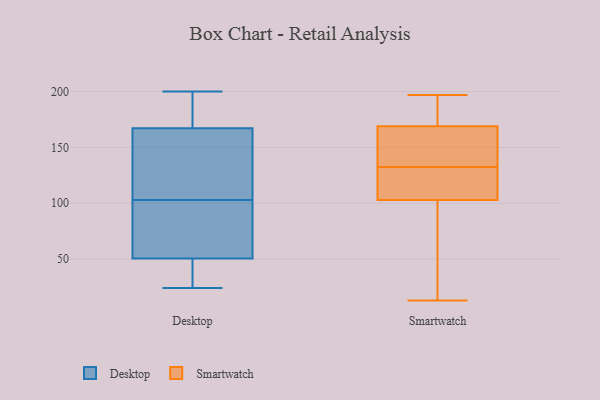
{"axis": {"x": "Market Share (%)", "y": "Value"}, "legend": ["Desktop", "Smartwatch"], "data": [{"x": "", "y": 175, "type": "Desktop"}, {"x": "", "y": 103, "type": "Desktop"}, {"x": "", "y": 66, "type": "Desktop"}, {"x": "", "y": 25, "type": "Desktop"}, {"x": "", "y": 37, "type": "Desktop"}, {"x": "", "y": 52, "type": "Desktop"}, {"x": "", "y": 159, "type": "Desktop"}, {"x": "", "y": 200, "type": "Desktop"}, {"x": "", "y": 195, "type": "Desktop"}, {"x": "", "y": 170, "type": "Desktop"}, {"x": "", "y": 70, "type": "Desktop"}, {"x": "", "y": 145, "type": "Desktop"}, {"x": "", "y": 114, "type": "Desktop"}, {"x": "", "y": 150, "type": "Desktop"}, {"x": "", "y": 24, "type": "Desktop"}, {"x": "", "y": 50, "type": "Desktop"}, {"x": "", "y": 93, "type": "Desktop"}, {"x": "", "y": 170, "type": "Desktop"}, {"x": "", "y": 48, "type": "Desktop"}, {"x": "", "y": 90, "type": "Smartwatch"}, {"x": "", "y": 135, "type": "Smartwatch"}, {"x": "", "y": 106, "type": "Smartwatch"}, {"x": "", "y": 197, "type": "Smartwatch"}, {"x": "", "y": 142, "type": "Smartwatch"}, {"x": "", "y": 110, "type": "Smartwatch"}, {"x": "", "y": 182, "type": "Smartwatch"}, {"x": "", "y": 191, "type": "Smartwatch"}, {"x": "", "y": 13, "type": "Smartwatch"}, {"x": "", "y": 169, "type": "Smartwatch"}, {"x": "", "y": 13, "type": "Smartwatch"}, {"x": "", "y": 171, "type": "Smartwatch"}, {"x": "", "y": 98, "type": "Smartwatch"}, {"x": "", "y": 165, "type": "Smartwatch"}, {"x": "", "y": 125, "type": "Smartwatch"}, {"x": "", "y": 130, "type": "Smartwatch"}, {"x": "", "y": 103, "type": "Smartwatch"}, {"x": "", "y": 146, "type": "Smartwatch"}]}